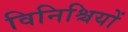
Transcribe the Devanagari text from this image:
विनिश्चियों